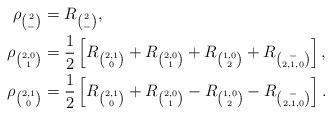
LaTeX: \begin{align*}\rho_{\binom{2}{-}}&= R_{\binom{2}{-}}, \\\rho_{\binom{2,0}{1}}&=\frac{1}{2}\left[R_{\binom{2,1}{0}}+R_{\binom{2,0}{1}}+R_{\binom{1,0}{2}}+R_{\binom{-}{2,1,0}}\right], \\\rho_{\binom{2,1}{0}}&=\frac{1}{2}\left[R_{\binom{2,1}{0}}+R_{\binom{2,0}{1}}-R_{\binom{1,0}{2}}-R_{\binom{-}{2,1,0}}\right].\end{align*}